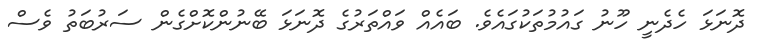
ދޮނަޅަ ހެދެނީ ހޫނު ގައުމުތަކުގައެވެ. ބައެއް ވައްތަރުގެ ދޮނަޅަ ބޭނުންކޮށްގެން ސަރުބަތު ވެސް